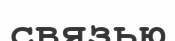
связью